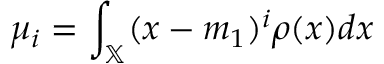
\mu _ { i } = \int _ { \mathbb { X } } ( x - m _ { 1 } ) ^ { i } \rho ( x ) d x